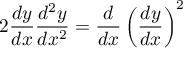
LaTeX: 2 { \frac { d y } { d x } } { \frac { d ^ { 2 } y } { d x ^ { 2 } } } = { \frac { d } { d x } } \left( { \frac { d y } { d x } } \right) ^ { 2 } \,